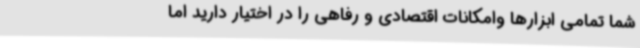
شما تمامی ابزارها وامکانات اقتصادی و رفاهی را در اختیار دارید اما